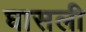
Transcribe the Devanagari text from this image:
घासली